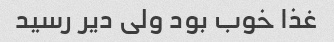
غذا خوب بود ولی دیر رسید